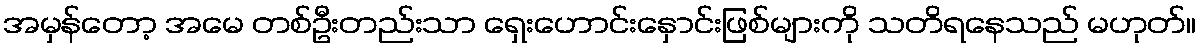
အမှန်တော့ အမေ တစ်ဦးတည်းသာ ရှေးဟောင်းနှောင်းဖြစ်များကို သတိရနေသည် မဟုတ်။